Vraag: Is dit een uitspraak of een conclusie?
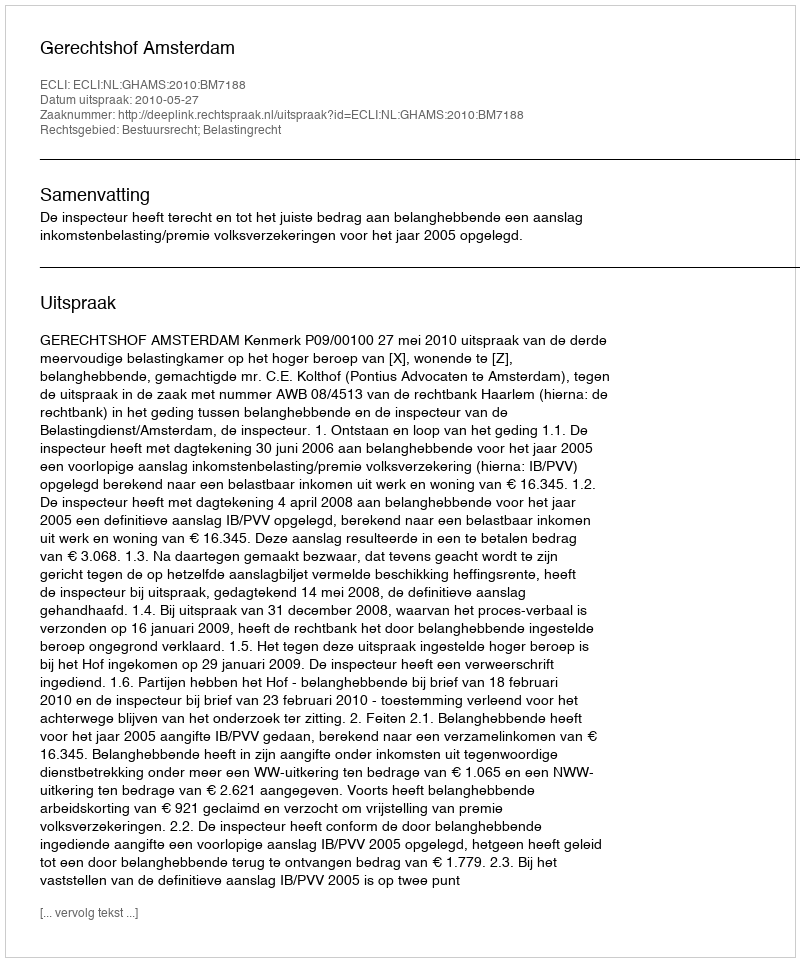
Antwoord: Uitspraak